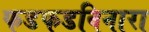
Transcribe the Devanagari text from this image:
फडफडविनारा